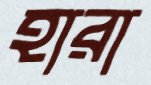
হারা